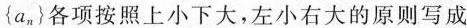
{a_{n}}各项按照上小下大，左小右大的原则写成